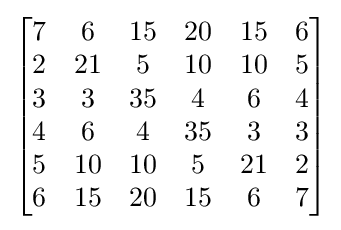
{\begin{bmatrix}{\begin{matrix}7&6&15&20&15&6\\2&21&5&10&10&5\\3&3&35&4&6&4\\4&6&4&35&3&3\\5&10&10&5&21&2\\6&15&20&15&6&7\end{matrix}}\end{bmatrix}}